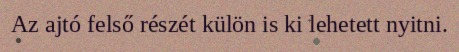
Az ajtó felső részét külön is ki lehetett nyitni.